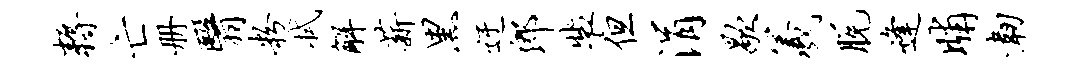
耨亡册翳粉拭解薪黑迂郎裴但涓歇羲脱逢晡韧